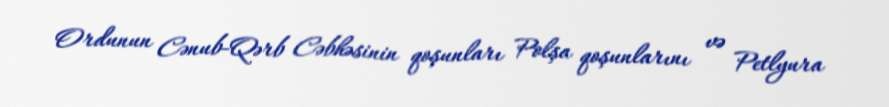
Ordunun Cənub-Qərb Cəbhəsinin qoşunları Polşa qoşunlarını və Petlyura